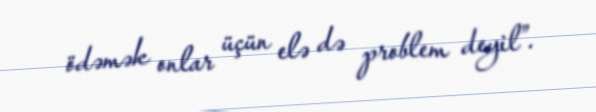
ödəmək onlar üçün elə də problem deyil”.